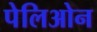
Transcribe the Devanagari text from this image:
पेलिओन